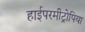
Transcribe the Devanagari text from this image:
हाईपरमीट्रोपिया